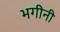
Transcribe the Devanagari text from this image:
भगीनी